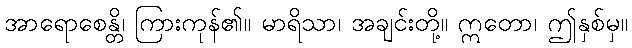
အာရောစေန္တိ၊ ကြားကုန်၏။ မာရိသာ၊ အချင်းတို့။ ဣတော၊ ဤနှစ်မှ။